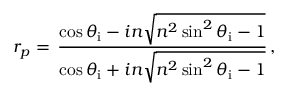
r _ { p } = \, { \frac { \cos \theta _ { \mathrm { i } } - i n { \sqrt { n ^ { 2 } \sin ^ { 2 } \theta _ { \mathrm { i } } - 1 } } } { \cos \theta _ { \mathrm { i } } + i n { \sqrt { n ^ { 2 } \sin ^ { 2 } \theta _ { \mathrm { i } } - 1 } } } } \, ,